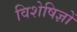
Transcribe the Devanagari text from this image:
विशेषिज्ञों